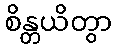
စိန္တယိတွာ